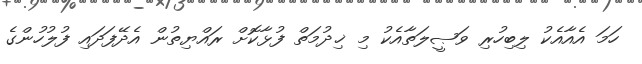
ހަމަ އެއާއެކު ލިބިހުރި ވަޞީލަތާއެކު މި ޚިދުމަތް ފުޅާކޮށް ރައްޔިތުން އެދޭފަދައި ފުލުހުންގެ